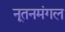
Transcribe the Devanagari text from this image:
नूतनमंगल